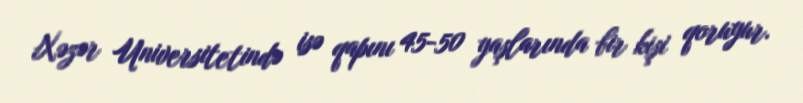
Xəzər Universitetində isə qapını 45-50 yaşlarında bir kişi qoruyur.